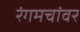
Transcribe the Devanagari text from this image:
रंगमचांवर